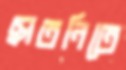
ছাতনিতে